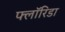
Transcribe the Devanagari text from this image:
फ्लाॅरिडा